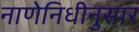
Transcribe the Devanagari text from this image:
नाणेनिधीनुसार